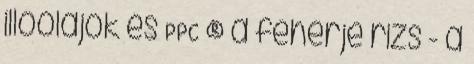
illóolajok és PPC ® a fehérje rizs - a